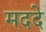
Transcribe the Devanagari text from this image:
मददे